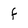
Character: f